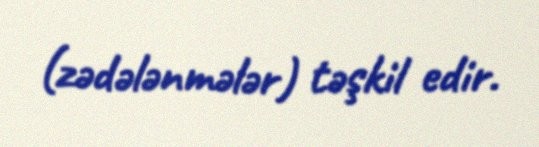
(zədələnmələr) təşkil edir.